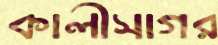
কালীসাগর